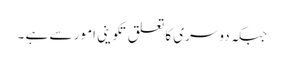
جبکہ دوسری کا تعلق تکوینی امور سے ہے ۔